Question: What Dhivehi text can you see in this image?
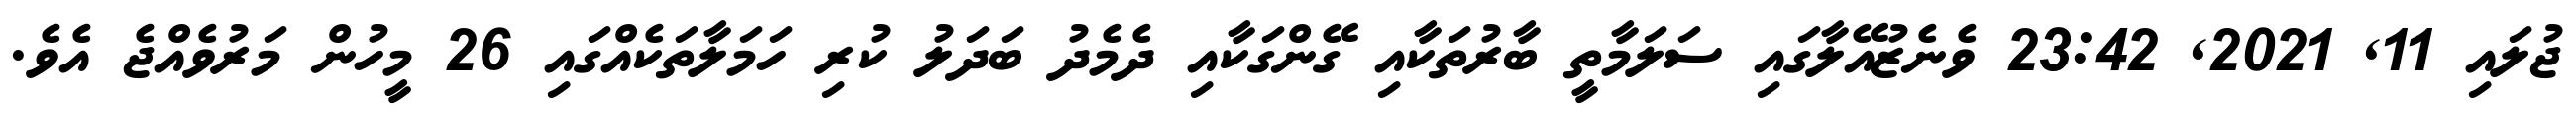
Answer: ޖުލައި 11, 2021, 23:42 ވެނެޒުއޭލާގައި ސަލަމާތީ ބާރުތަކާއި ގޭންގަކާއި ދެމެދު ބަދަލު ކުރި ހަމަލާތަކެއްގައި 26 މީހުން މަރުވެއްޖެ އެވެ.